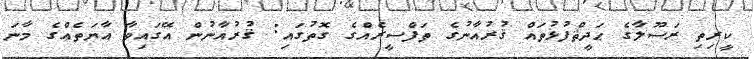
ކީރިތި ރަސޫލާގެ ޙަދީޘްފުޅުތައް ޤުރުއާނުގެ ތަފްސީރެއްގެ ގޮތުގައި: ޤުރުއާނުން އޭގައިވާ އާޔަތެއްގެ މާނަ